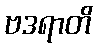
ဗဒရာတိ